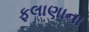
ફલાણાના